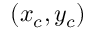
( x _ { c } , y _ { c } )